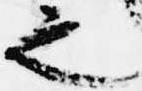
之